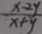
\frac { x - 2 y } { x + y }